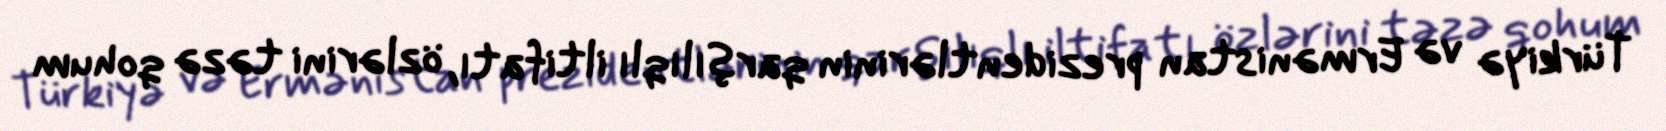
Türkiyə və Ermənistan prezidentlərinin qarşılıqlı iltifatı, özlərini təzə qohum